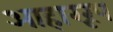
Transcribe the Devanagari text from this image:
आहाररूप